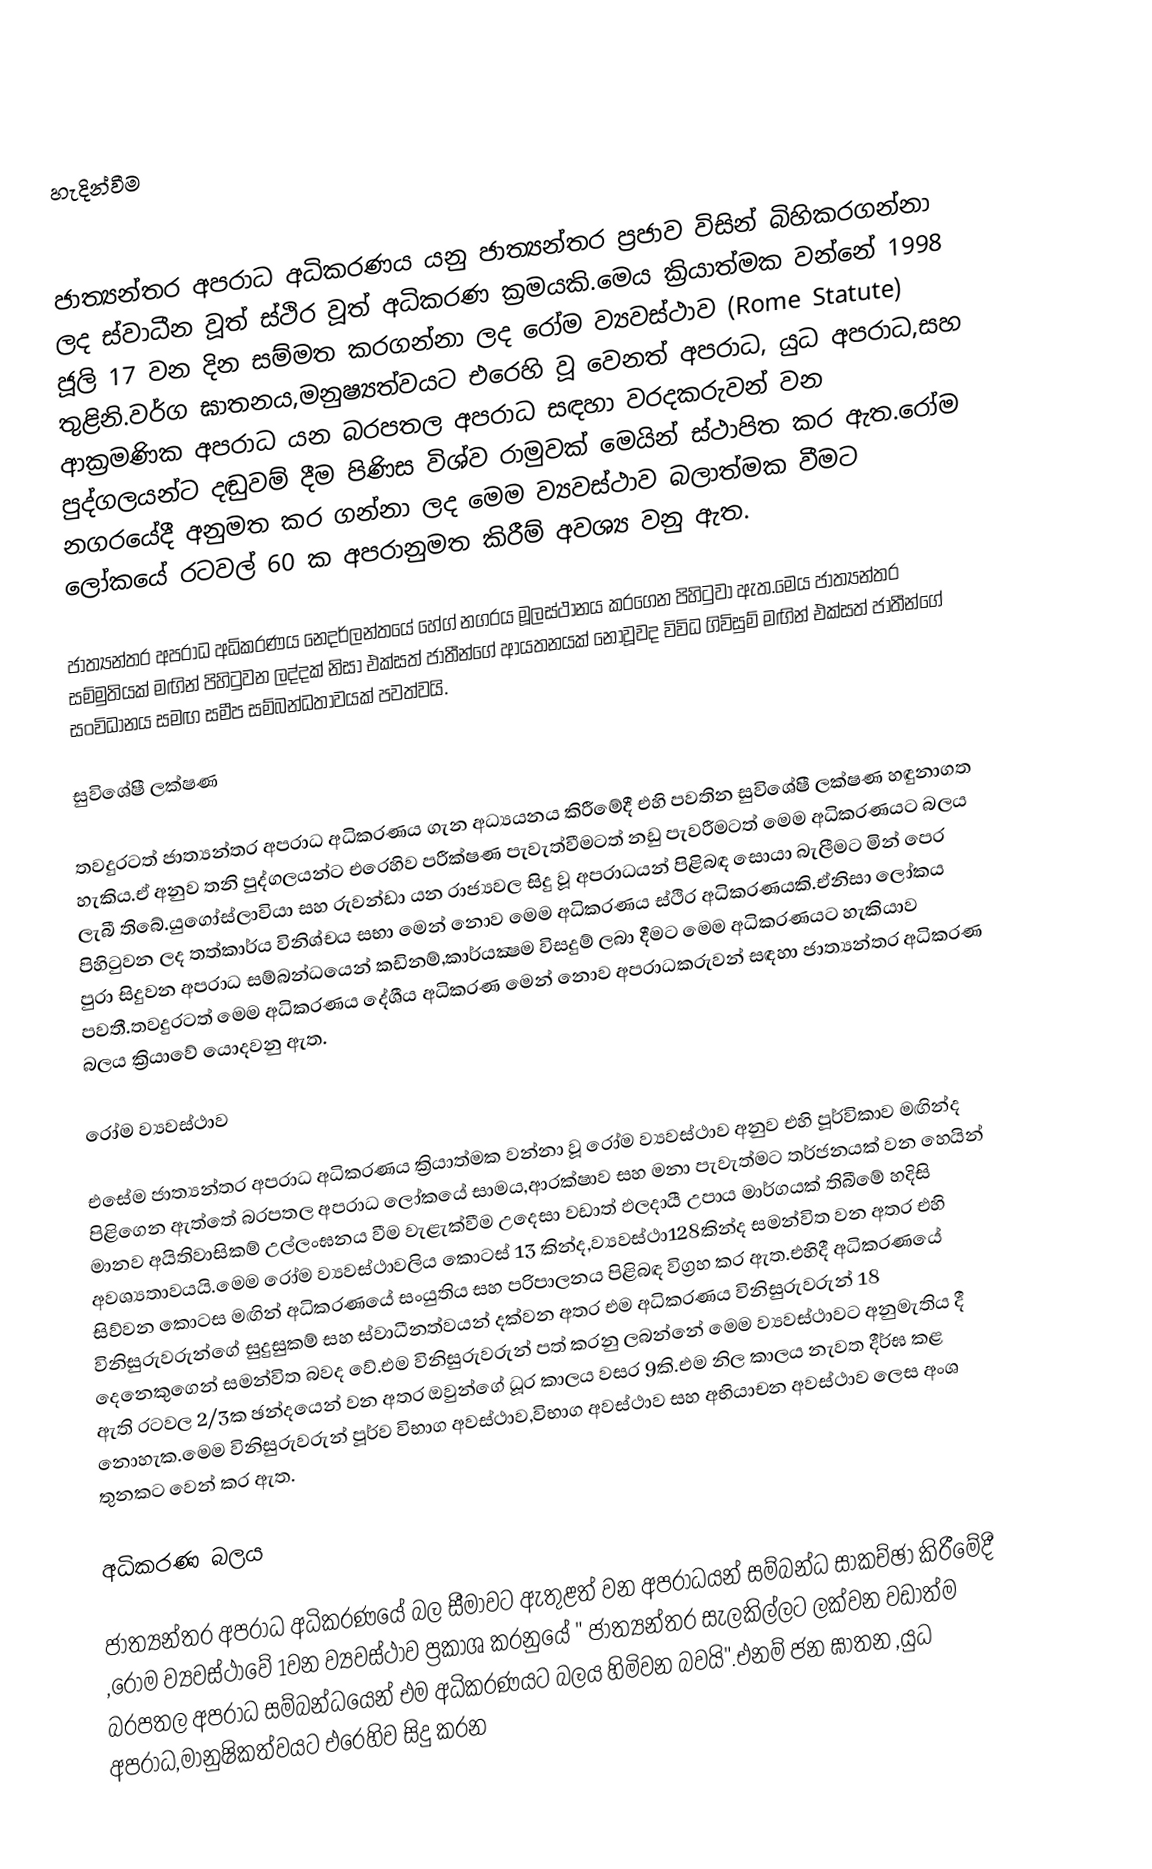

හැදින්වීම

ජාත්‍යන්තර අපරාධ අධිකරණය යනු ජාත්‍යන්තර ප්‍රජාව විසින් බිහිකරගන්නා ලද ස්වාධීන වූත් ස්ථිර වූත් අධිකරණ ක්‍රමයකි.මෙය ක්‍රියාත්මක වන්නේ 1998 ජූලි 17 වන දින සම්මත කරගන්නා ලද රෝම ව්‍යවස්ථාව (Rome Statute) තුළිනි.වර්ග ඝාතනය,මනුෂ්‍යත්වයට එරෙහි වූ වෙනත් අපරාධ, යුධ අපරාධ,සහ ආක්‍රමණික අපරාධ යන බරපතල අපරාධ සඳහා වරදකරුවන් වන පුද්ගලයන්ට දඬුවම් දීම පිණිස විශ්ව රාමුවක් මෙයින් ස්ථාපිත කර ඇත.රෝම නගරයේදී අනුමත කර ගන්නා ලද මෙම ව්‍යවස්ථාව බලාත්මක වීමට ලෝකයේ රටවල් 60 ක අපරානුමත කිරීම් අවශ්‍ය වනු ඇත.

ජාත්‍යන්තර අපරාධ අධිකරණය නෙදර්ලන්තයේ හේග් නගරය මූලස්ථානය කරගෙන පිහිටුවා ඇත.මෙය ජාත්‍යන්තර සම්මුතියක් මඟින් පිහිටුවන ලද්දක් නිසා එක්සත් ජාතීන්ගේ ආයතනයක් නොවූවද විවිධ ගිවිසුම් මඟින් එක්සත් ජාතීන්ගේ සංවිධානය සමඟ සමීප සම්බන්ධතාවයක් පවත්වයි.

සුවිශේෂී ලක්ෂණ

තවදුරටත් ජාත්‍යන්තර අපරාධ අධිකරණය ගැන අධ්‍යයනය කිරීමේදී එහි පවතින සුවිශේෂී ලක්ෂණ හඳුනාගත හැකිය.ඒ අනුව තනි පුද්ගලයන්ට එරෙහිව පරීක්ෂණ පැවැත්වීමටත් නඩු පැවරීමටත් මෙම අධිකරණයට බලය ලැබී තිබේ.යුගෝස්ලාවියා සහ රුවන්ඩා යන රාජ්‍යවල සිදු වූ අපරාධයන් පිළිබඳ සොයා බැලීමට මින් පෙර පිහිටුවන ලද තත්කාර්ය විනිශ්චය සභා මෙන් නොව මෙම අධිකරණය ස්ථිර අධිකරණයකි.ඒනිසා ලෝකය පුරා සිදුවන අපරාධ සම්බන්ධයෙන් කඩිනම්,කාර්යක්‍ෂම විසදුම් ලබා දීමට මෙම අධිකරණයට හැකියාව පවතී.තවදුරටත් මෙම අධිකරණය දේශීය අධිකරණ මෙන් නොව අපරාධකරුවන් සඳහා ජාත්‍යන්තර අධිකරණ බලය ක්‍රියාවේ යොදවනු ඇත.

රෝම ව්‍යවස්ථාව

එසේම ජාත්‍යන්තර අපරාධ අධිකරණය ක්‍රියාත්මක වන්නා වූ රෝම ව්‍යවස්ථාව අනුව එහි පූර්විකාව මඟින්ද පිළිගෙන ඇත්තේ බරපතල අපරාධ ලෝකයේ සාමය,ආරක්ෂාව සහ මනා පැවැත්මට තර්ජනයක් වන හෙයින් මානව අයිතිවාසිකම් උල්ලංඝනය වීම වැළැක්වීම උදෙසා වඩාත් ඵලදායී උපාය මාර්ගයක් තිබීමේ හදිසි අවශ්‍යතාවයයි.මෙම රෝම ව්‍යවස්ථාවලිය කොටස් 13 කින්ද,ව්‍යවස්ථා128කින්ද සමන්විත වන අතර එහි සිව්වන කොටස මඟින් අධිකරණයේ සංයුතිය සහ පරිපාලනය පිළිබඳ විග්‍රහ කර ඇත.එහිදී අධිකරණයේ විනිසුරුවරුන්ගේ සුදුසුකම් සහ ස්වාධීනත්වයන් දක්වන අතර එම අධිකරණය විනිසුරුවරුන් 18 දෙනෙකුගෙන් සමන්විත බවද වේ.එම විනිසුරුවරුන් පත් කරනු ලබන්නේ මෙම ව්‍යවස්ථාවට අනුමැතිය දී ඇති රටවල 2/3ක ඡන්දයෙන් වන අතර ඔවුන්ගේ ධූර කාලය වසර 9කි.එම නිල කාලය නැවත දීර්ඝ කළ නොහැක.මෙම විනිසුරුවරුන් පූර්ව විභාග අවස්ථාව,විභාග අවස්ථාව සහ අභියාචන අවස්ථාව ලෙස අංශ තුනකට වෙන් කර ඇත.

අධිකරණ බලය

ජාත්‍යන්තර අපරාධ අධිකරණයේ බල සීමාවට ඇතුළත් වන අපරාධයන් සම්බන්ධ සාකච්ඡා කිරීමේදී ,රෝම ව්‍යවස්ථාවේ 1වන ව්‍යවස්ථාව ප්‍රකාශ කරනුයේ " ජාත්‍යන්තර සැලකිල්ලට ලක්වන වඩාත්ම බරපතල අපරාධ සම්බන්ධයෙන් එම අධිකරණයට බලය හිමිවන බවයි".එනම් ජන ඝාතන ,යුධ අපරාධ,මානුෂිකත්වයට එරෙහිව සිදු කරන